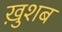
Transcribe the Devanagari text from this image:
ख़ुशब